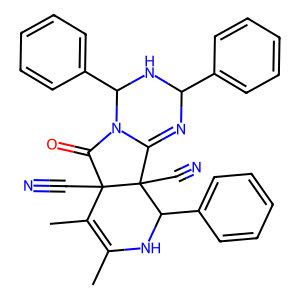
SMILES: CC1=C(C)C2(C#N)C(=O)N3C(=NC(c4ccccc4)NC3c3ccccc3)C2(C#N)C(c2ccccc2)N1
Inhibits HIV replication: No